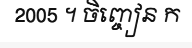
2005 ។ ចិញ្ចៀន ក